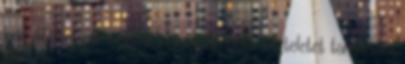
már itt tartunk, nekünk nem kéne némi tiszteletet tanusítani